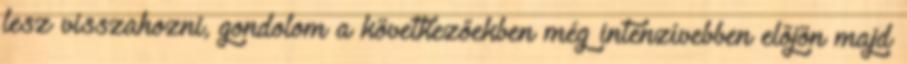
lesz visszahozni, gondolom a következőekben még intenzívebben előjön majd